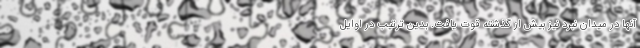
آنها در میدان نبرد نیز بیش از گذشته قوت یافت. بدین ترتیب در اوایل